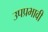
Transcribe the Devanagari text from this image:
उपप्रभावी